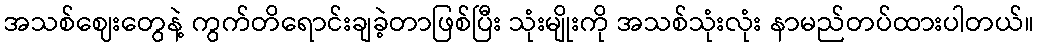
အသစ်ဈေးတွေနဲ့ ကွက်တိရောင်းချခဲ့တာဖြစ်ပြီး သုံးမျိုးကို အသစ်သုံးလုံး နာမည်တပ်ထားပါတယ်။